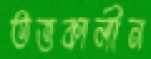
তত্তকালীন